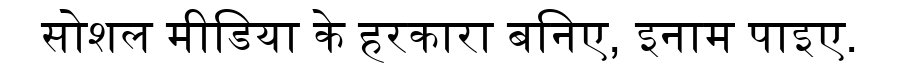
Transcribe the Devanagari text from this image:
सोशल मीडिया के हरकारा बनिए, इनाम पाइए.